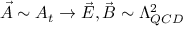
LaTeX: \vec { A } \sim A _ { t } \rightarrow \vec { E } , \vec { B } \sim \Lambda _ { Q C D } ^ { 2 }